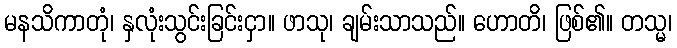
မနသိကာတုံ၊ နှလုံးသွင်းခြင်းငှာ။ ဖာသု၊ ချမ်းသာသည်။ ဟောတိ၊ ဖြစ်၏။ တသ္မ၊